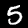
Label: 5